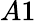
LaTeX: A1